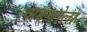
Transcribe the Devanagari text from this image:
अङकोला